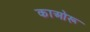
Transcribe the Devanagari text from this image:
काओरू